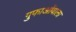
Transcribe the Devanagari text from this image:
गुफाओंवाला